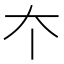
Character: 𡗔